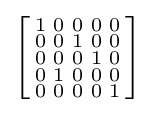
\left[{\begin{smallmatrix}1&0&0&0&0\\0&0&1&0&0\\0&0&0&1&0\\0&1&0&0&0\\0&0&0&0&1\\\end{smallmatrix}}\right]